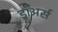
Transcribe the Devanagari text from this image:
ड्रॉअर्स